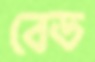
বেড